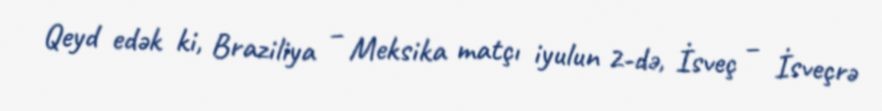
Qeyd edək ki, Braziliya – Meksika matçı iyulun 2-də, İsveç – İsveçrə